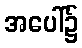
အပေါ်၌